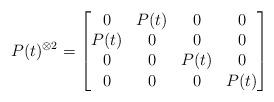
LaTeX: \begin{align*}P(t)^{\otimes 2} =\begin{bmatrix} 0 & P(t) & 0 & 0\\ P(t) & 0 & 0 & 0\\ 0 & 0 & P(t) & 0\\ 0 & 0 & 0 & P(t)\end{bmatrix}\end{align*}